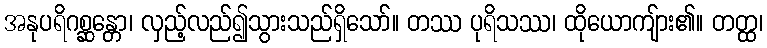
အနုပရိဂစ္ဆန္တော၊ လှည့်လည်၍သွားသည်ရှိသော်။ တဿ ပုရိသဿ၊ ထိုယောကျ်ား၏။ တတ္ထ၊